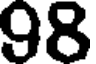
98